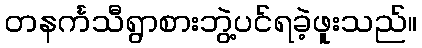
တနင်္ကသီရွာစားဘွဲ့ပင်ရခဲ့ဖူးသည်။